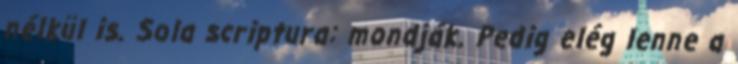
nélkül is. Sola scriptura: mondják. Pedig elég lenne a